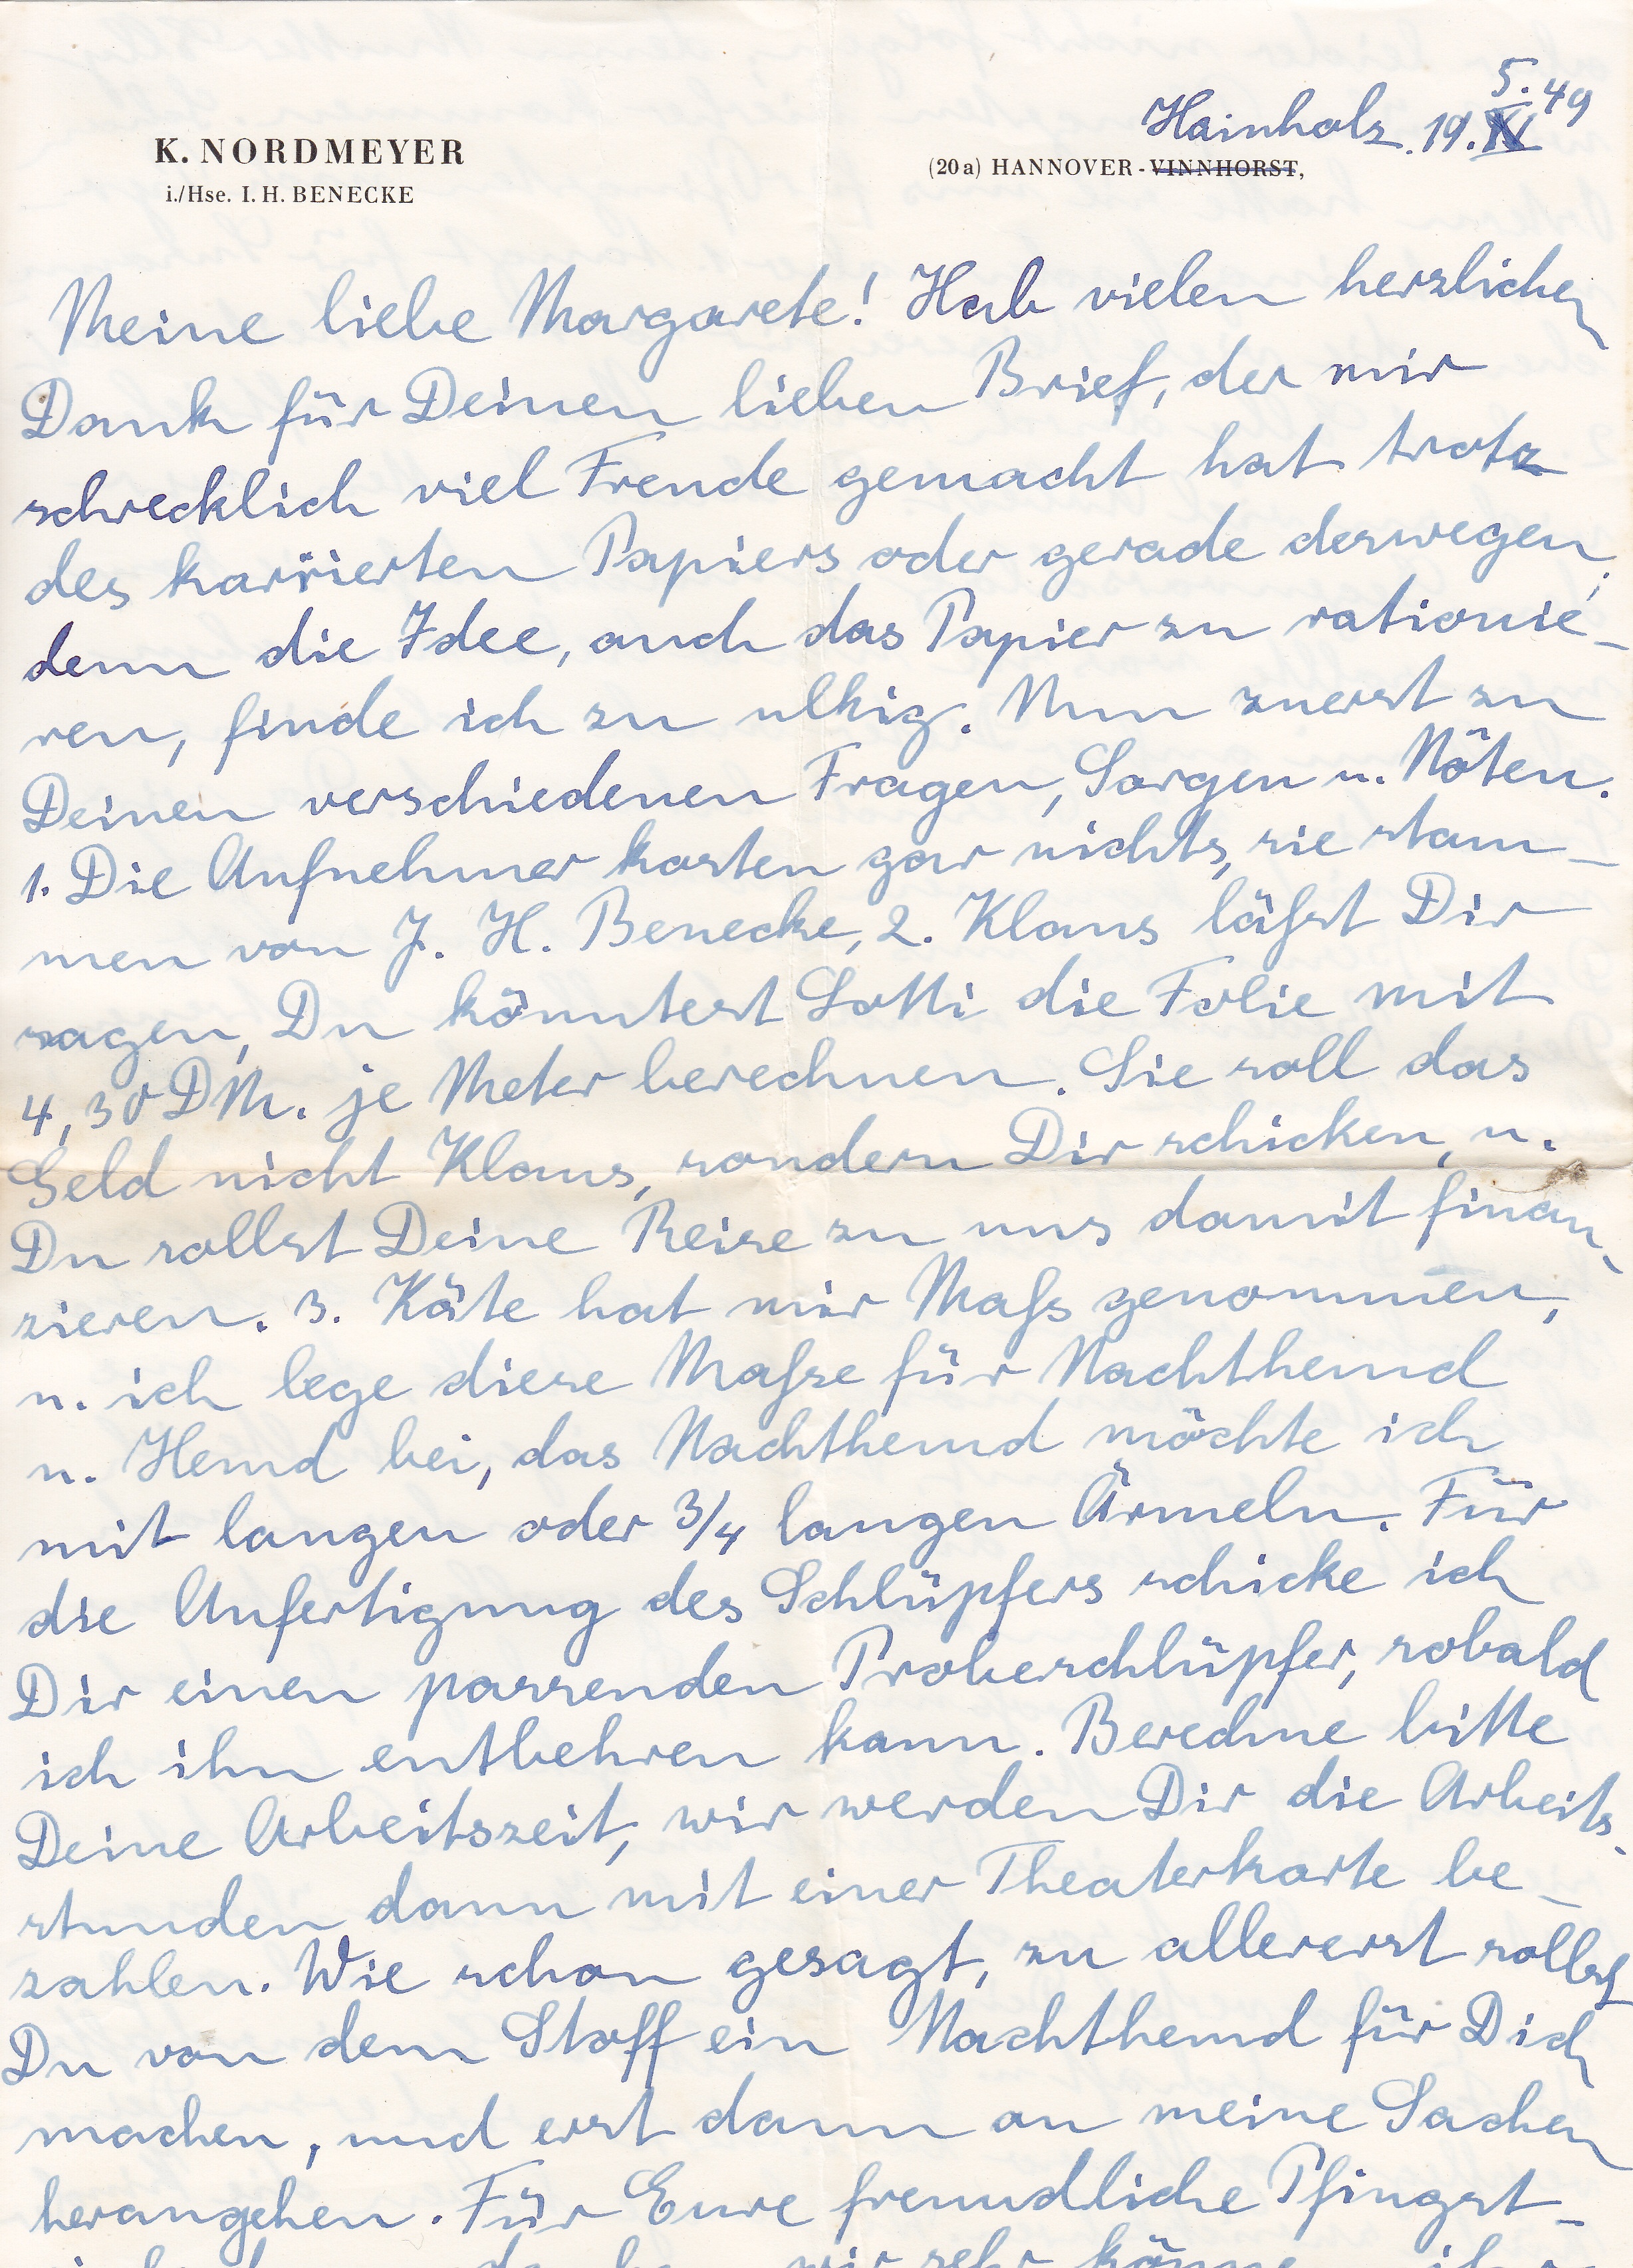
Hainholz 19.X,
Meine liebe Margarete! Hab vielen herzliche
Dank für Deinen lieben Brief, der mir
schrecklich viel Freude gemacht hat trotz
des karierten Papiers oder gerade deswegen
denn die Idee, auch das Papier zu rationie
ren, finde ich zu ulkig. Nun zuerst zu
Deinen verschiedenen Fragen, Sorgen u. Nöten.
1. Die Aufnehmer kosten gar nichts, sie stam
men von J. H. Benecke, 2. KLaus läßt Dir
sagen, Du könntest Lotti die Folie mit
4,30 DM. je Meter berechnen. Sie soll das
Geld nicht Klaus, sondern Dir schicken, u.

Du sollst Deine Reise zu uns damit finan
zieren. 3. Käte hat mir Maß genommen
u. ich lege diese Maße für Nachthemd
u. Hemd bei, das Nachthemd möchte ich
mit langen oder ¾ langen Ärmeln. Für
die Anfertigung des Schlüpfers schicke ich
Dir einen passenden Probeschlüpfer, sobald
ich ihn entbehren kann. Berechne bitte
Deine Arbeitszeit, wir werden Dir die Arbeits
stunden dann mit einer Theaterkarte be
zahlen. Wie schon gesagt, zu allererst sollst
Du von dem Stiff ein Nachthemd für Dich
machen, und erst dann an meine Sachen
herangehen. Für Eure freundliche Pfingst